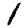
Digit: 1